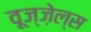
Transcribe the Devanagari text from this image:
वूज्ज़ेल्स